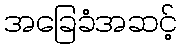
အခြေခံအဆင့်